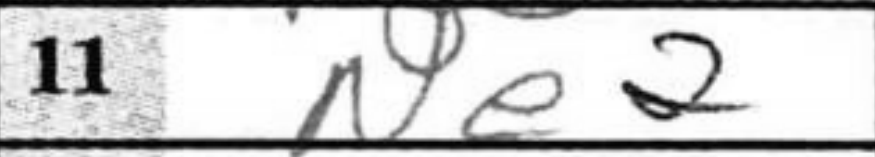
Transcription: Ne2